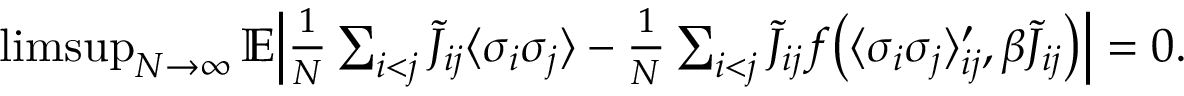
\begin{array} { r l } & { \operatorname* { l i m s u p } _ { N \to \infty } \mathbb E \Bigl | \frac { 1 } { N } \sum _ { i < j } \tilde { J } _ { i j } \langle \sigma _ { i } \sigma _ { j } \rangle - \frac { 1 } { N } \sum _ { i < j } \tilde { J } _ { i j } f \bigl ( \langle \sigma _ { i } \sigma _ { j } \rangle _ { i j } ^ { \prime } , \beta \tilde { J } _ { i j } \bigr ) \Bigr | = 0 . } \end{array}